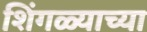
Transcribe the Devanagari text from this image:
शिंगळ्याच्या